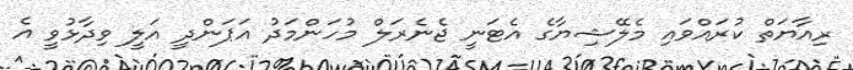
ރިއާޔަތް ކުރައްވައި މެލޭޝިޔާގެ އެޓަނީ ޖެނެރަލް މުހަންމަދު އަޕަންދީ އަލީ ވިދާޅުވީ އެ